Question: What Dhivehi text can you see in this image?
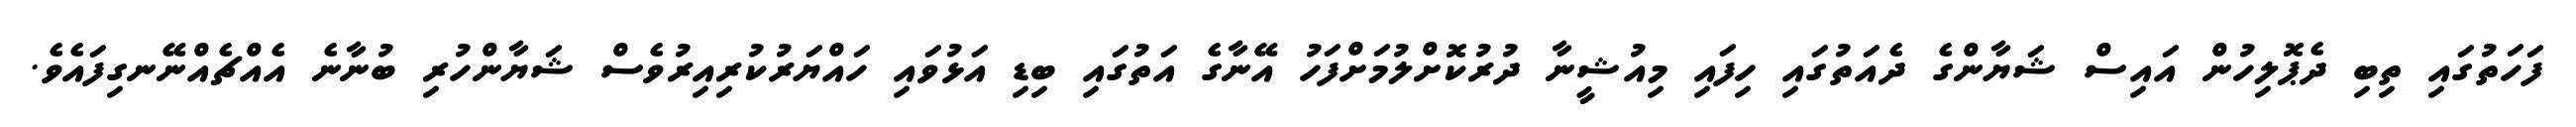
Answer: ފަހަތުގައި ތިބި ދެޕޮލިހުން އައިސް ޝަޔާންގެ ދެއަތުގައި ހިފައި މިއުޝީނާ ދުރުކޮށްލުމަށްފަހު އޭނާގެ އަތުގައި ބިޑި އަޅުވައި ހައްޔަރުކުރިއިރުވެސް ޝަޔާންހުރި ބުނާނެ އެއްޗެއްނޭނގިފައެވެ.